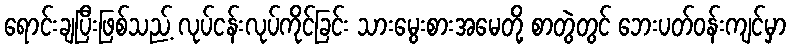
ရောင်းချပြီးဖြစ်သည့် လုပ်ငန်းလုပ်ကိုင်ခြင်း သားမွေးစားအမေတို့ စာတွဲတွင် ဘေးပတ်ဝန်းကျင်မှာ